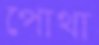
পোথা